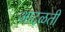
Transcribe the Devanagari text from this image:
आदळती